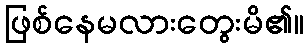
ဖြစ်နေမလားတွေးမိ၏။